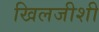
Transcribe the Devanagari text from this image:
खिलजीशी